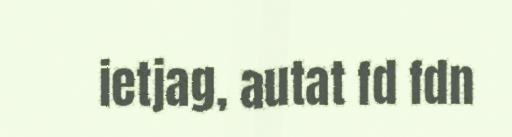
ietjag, autat fd fdn